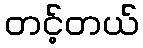
တင့်တယ်